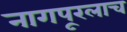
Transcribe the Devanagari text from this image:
नागपूरलाच